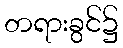
တရားခွင်၌